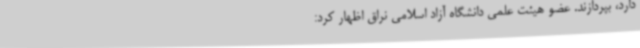
دارد، بپردازند. عضو هیئت علمی دانشگاه آزاد اسلامی نراق اظهار کرد: